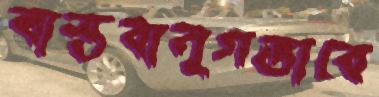
বাস্তবানুগভাবে